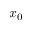
x _ { 0 }